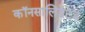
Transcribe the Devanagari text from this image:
कॉनसालिडेटेड